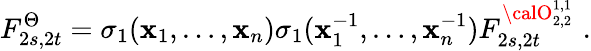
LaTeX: F_{2s,2t}^{\Theta}=\sigma_{1}(\mathbf{x}_{1},\ldots,\mathbf{x}_{n})\sigma_{1}(\mathbf{x}_{1}^{-1},\ldots,\mathbf{x}_{n}^{-1})F_{2s,2t}^{{\calO}_{2,2}^{1,1}}\, \, .